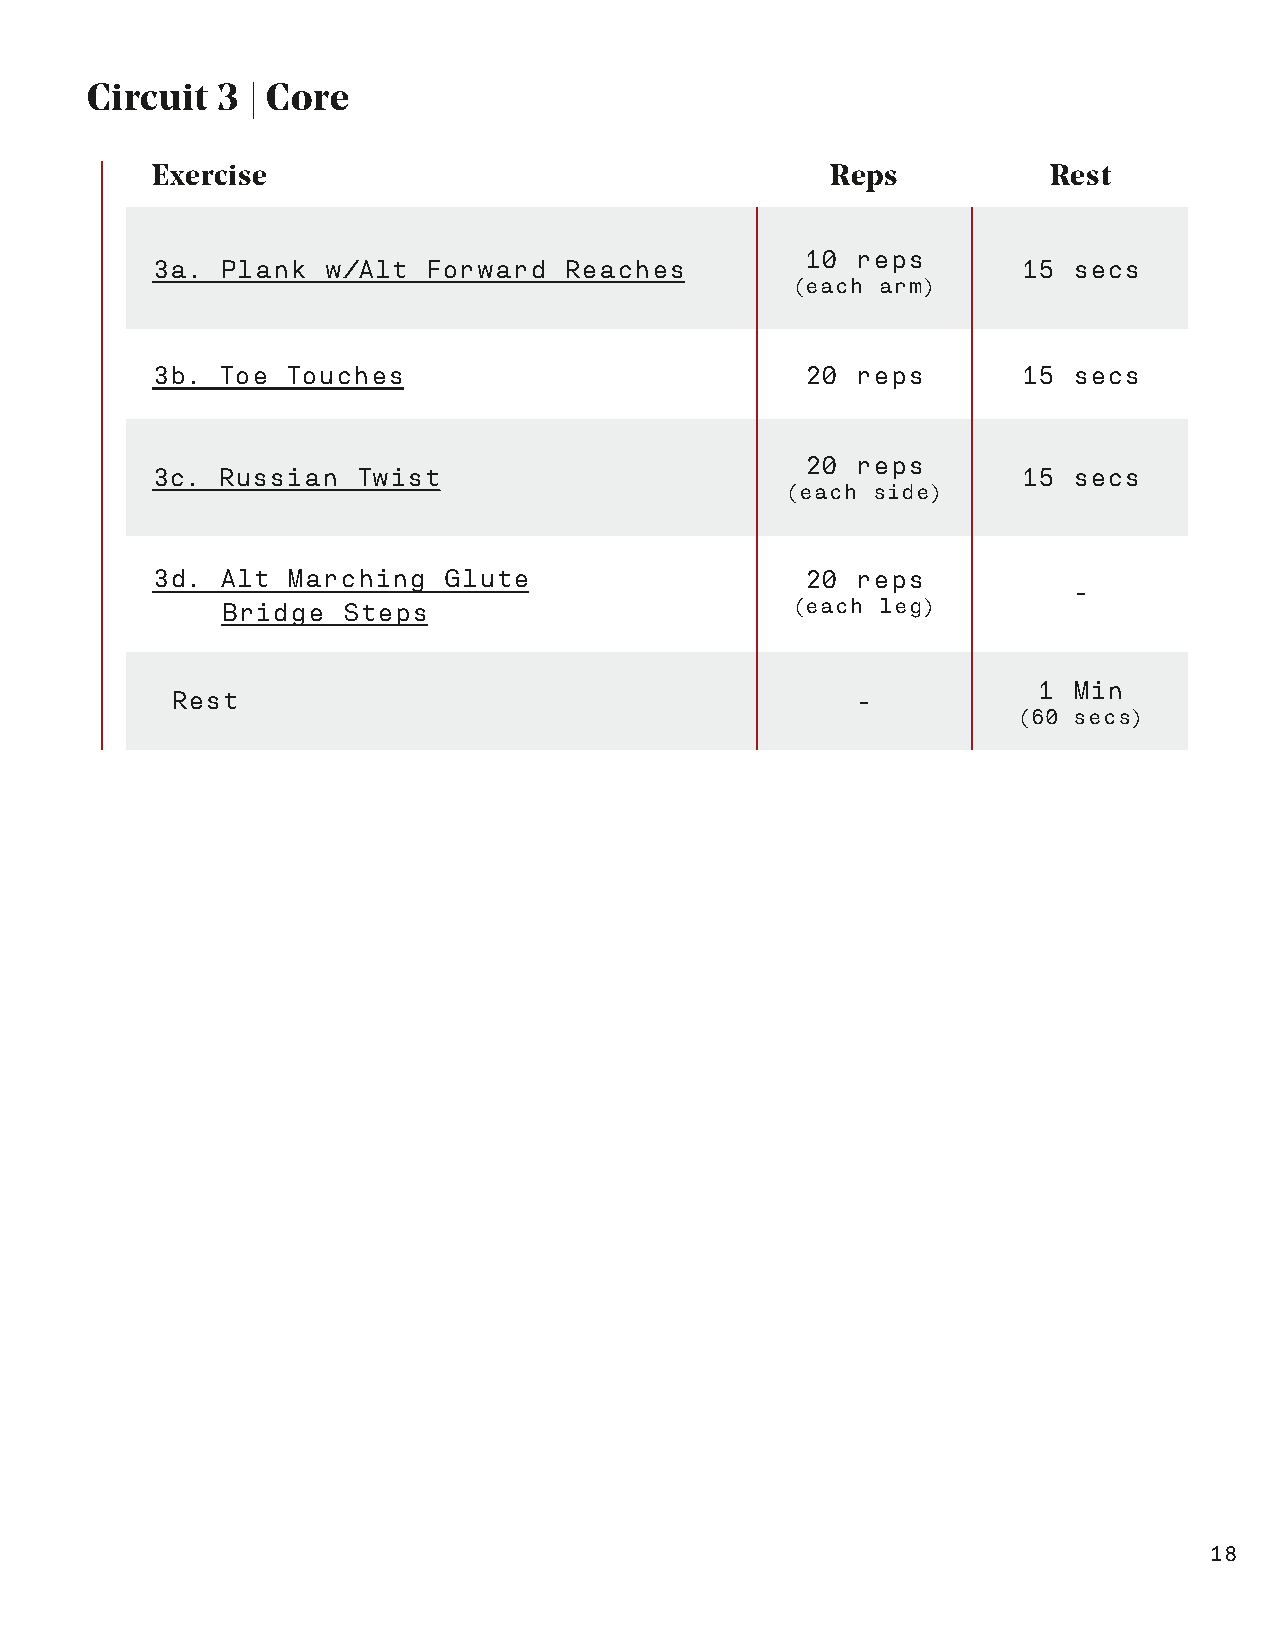
Circuit 3 | Core
 Exercise                                     Reps           Rest
 10  reps
 3a.  Plank w/Alt  Forward  Reaches                        15 secs
 (each arm)
 3b. Toe  Touches                           20  reps       15 secs
 20  reps
 3c. Russian   Twist                                       15 secs
 (each side)
 3d. Alt  Marching  Glute                   20  reps
 -
 Bridge  Steps                         (each leg)
 1 Min
 Rest                                          -
 (60 secs)
 18